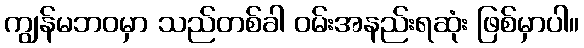
ကျွန်မဘဝမှာ သည်တစ်ခါ ဝမ်းအနည်းရဆုံး ဖြစ်မှာပါ။